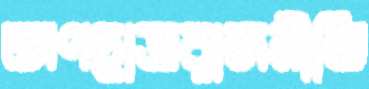
অপছাত্ররাজনীতি